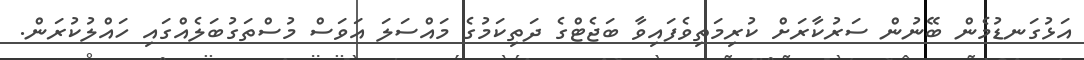
އަޅުގަނޑުމެން ބޭނުން ސަރުކާރަށް ކުރިމަތިވެފައިވާ ބަޖެޓްގެ ދަތިކަމުގެ މައްސަލަ އަވަސް މުސްތަގުބަލެއްގައި ހައްލުކުރަން.